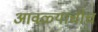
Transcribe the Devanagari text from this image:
आवळ्याचीच